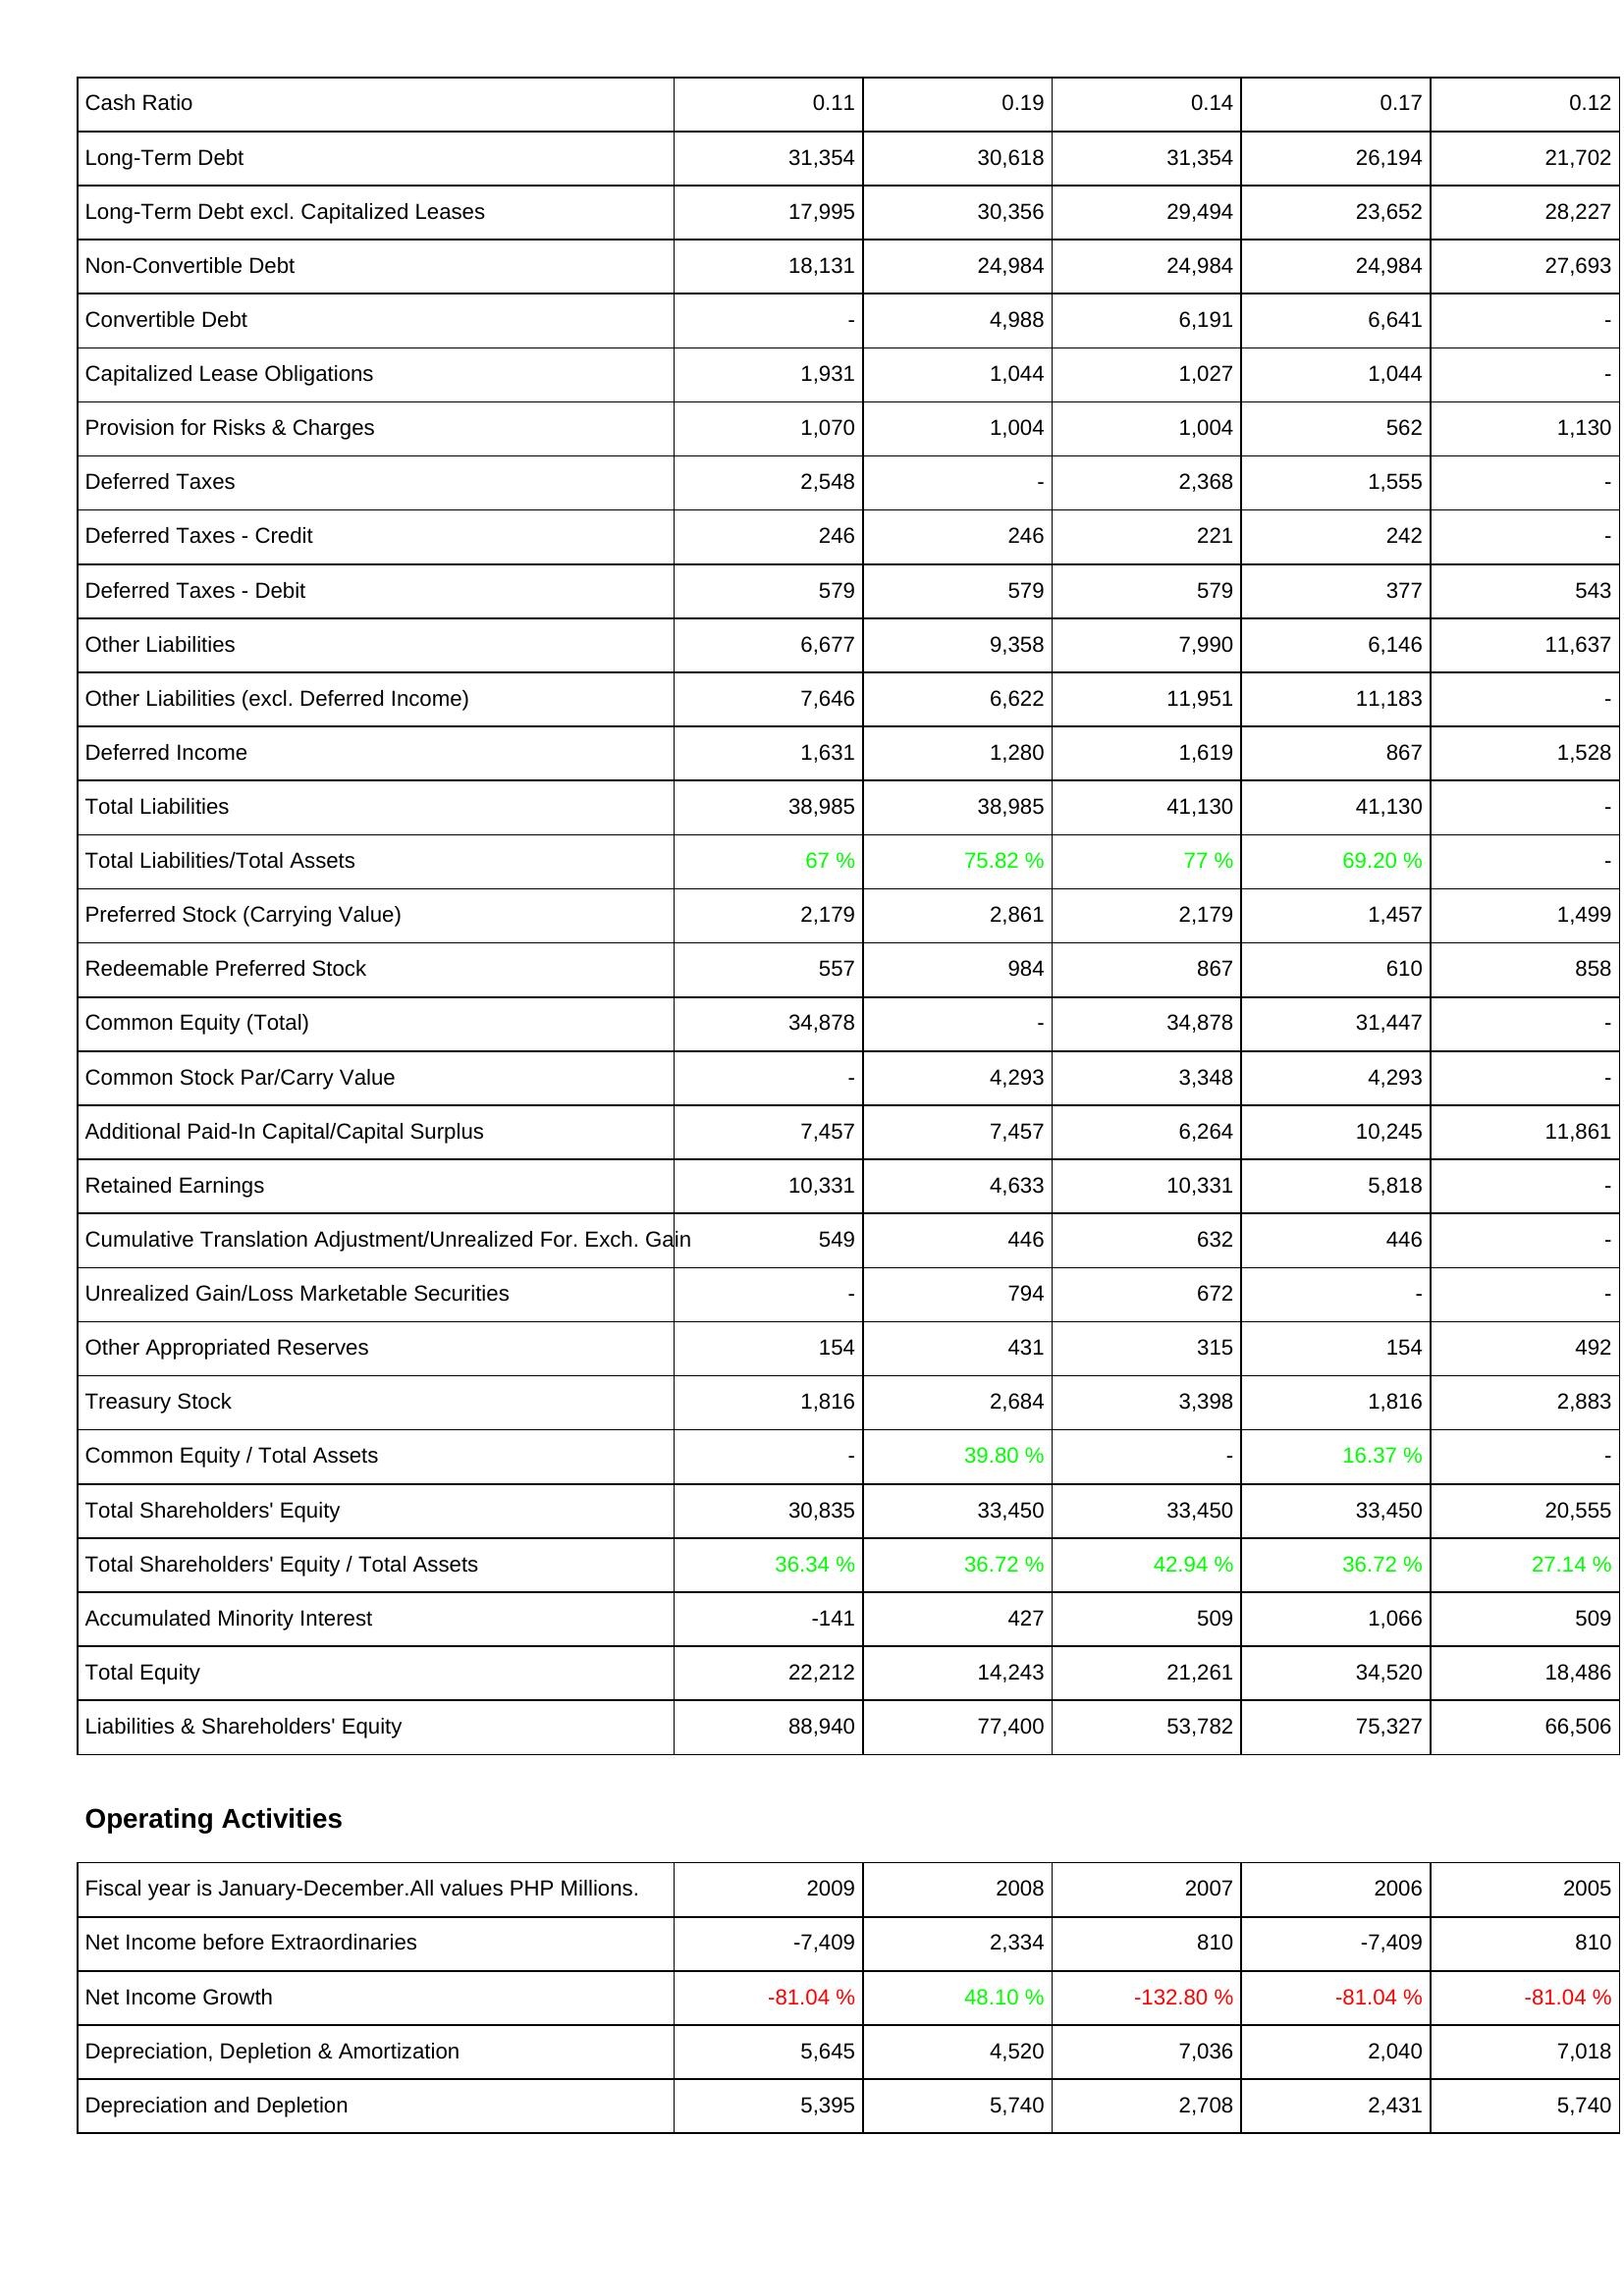
2009: Liabilities & Shareholders' Equity: Cash Ratio: 0.11
Long-Term Debt: 31,354
Long-Term Debt excl. Capitalized Leases: 17,995
Non-Convertible Debt: 18,131
Convertible Debt: -
Capitalized Lease Obligations: 1,931
Provision for Risks & Charges: 1,070
Deferred Taxes: 2,548
Deferred Taxes - Credit: 246
Deferred Taxes - Debit: 579
Other Liabilities: 6,677
Other Liabilities (excl. Deferred Income): 7,646
Deferred Income: 1,631
Total Liabilities: 38,985
Total Liabilities/Total Assets: 67 %
Preferred Stock (Carrying Value): 2,179
Redeemable Preferred Stock: 557
Common Equity (Total): 34,878
Common Stock Par/Carry Value: -
Additional Paid-In Capital/Capital Surplus: 7,457
Retained Earnings: 10,331
Cumulative Translation Adjustment/Unrealized For. Exch. Gain: 549
Unrealized Gain/Loss Marketable Securities: -
Other Appropriated Reserves: 154
Treasury Stock: 1,816
Common Equity / Total Assets: -
Total Shareholders' Equity: 30,835
Total Shareholders' Equity / Total Assets: 36.34 %
Accumulated Minority Interest: -141
Total Equity: 22,212
Liabilities & Shareholders' Equity: 88,940
Operating Activities: Net Income before Extraordinaries: -7,409
Net Income Growth: -81.04 %
Depreciation, Depletion & Amortization: 5,645
Depreciation and Depletion: 5,395
2008: Liabilities & Shareholders' Equity: Cash Ratio: 0.19
Long-Term Debt: 30,618
Long-Term Debt excl. Capitalized Leases: 30,356
Non-Convertible Debt: 24,984
Convertible Debt: 4,988
Capitalized Lease Obligations: 1,044
Provision for Risks & Charges: 1,004
Deferred Taxes: -
Deferred Taxes - Credit: 246
Deferred Taxes - Debit: 579
Other Liabilities: 9,358
Other Liabilities (excl. Deferred Income): 6,622
Deferred Income: 1,280
Total Liabilities: 38,985
Total Liabilities/Total Assets: 75.82 %
Preferred Stock (Carrying Value): 2,861
Redeemable Preferred Stock: 984
Common Equity (Total): -
Common Stock Par/Carry Value: 4,293
Additional Paid-In Capital/Capital Surplus: 7,457
Retained Earnings: 4,633
Cumulative Translation Adjustment/Unrealized For. Exch. Gain: 446
Unrealized Gain/Loss Marketable Securities: 794
Other Appropriated Reserves: 431
Treasury Stock: 2,684
Common Equity / Total Assets: 39.80 %
Total Shareholders' Equity: 33,450
Total Shareholders' Equity / Total Assets: 36.72 %
Accumulated Minority Interest: 427
Total Equity: 14,243
Liabilities & Shareholders' Equity: 77,400
Operating Activities: Net Income before Extraordinaries: 2,334
Net Income Growth: 48.10 %
Depreciation, Depletion & Amortization: 4,520
Depreciation and Depletion: 5,740
2007: Liabilities & Shareholders' Equity: Cash Ratio: 0.14
Long-Term Debt: 31,354
Long-Term Debt excl. Capitalized Leases: 29,494
Non-Convertible Debt: 24,984
Convertible Debt: 6,191
Capitalized Lease Obligations: 1,027
Provision for Risks & Charges: 1,004
Deferred Taxes: 2,368
Deferred Taxes - Credit: 221
Deferred Taxes - Debit: 579
Other Liabilities: 7,990
Other Liabilities (excl. Deferred Income): 11,951
Deferred Income: 1,619
Total Liabilities: 41,130
Total Liabilities/Total Assets: 77 %
Preferred Stock (Carrying Value): 2,179
Redeemable Preferred Stock: 867
Common Equity (Total): 34,878
Common Stock Par/Carry Value: 3,348
Additional Paid-In Capital/Capital Surplus: 6,264
Retained Earnings: 10,331
Cumulative Translation Adjustment/Unrealized For. Exch. Gain: 632
Unrealized Gain/Loss Marketable Securities: 672
Other Appropriated Reserves: 315
Treasury Stock: 3,398
Common Equity / Total Assets: -
Total Shareholders' Equity: 33,450
Total Shareholders' Equity / Total Assets: 42.94 %
Accumulated Minority Interest: 509
Total Equity: 21,261
Liabilities & Shareholders' Equity: 53,782
Operating Activities: Net Income before Extraordinaries: 810
Net Income Growth: -132.80 %
Depreciation, Depletion & Amortization: 7,036
Depreciation and Depletion: 2,708
2006: Liabilities & Shareholders' Equity: Cash Ratio: 0.17
Long-Term Debt: 26,194
Long-Term Debt excl. Capitalized Leases: 23,652
Non-Convertible Debt: 24,984
Convertible Debt: 6,641
Capitalized Lease Obligations: 1,044
Provision for Risks & Charges: 562
Deferred Taxes: 1,555
Deferred Taxes - Credit: 242
Deferred Taxes - Debit: 377
Other Liabilities: 6,146
Other Liabilities (excl. Deferred Income): 11,183
Deferred Income: 867
Total Liabilities: 41,130
Total Liabilities/Total Assets: 69.20 %
Preferred Stock (Carrying Value): 1,457
Redeemable Preferred Stock: 610
Common Equity (Total): 31,447
Common Stock Par/Carry Value: 4,293
Additional Paid-In Capital/Capital Surplus: 10,245
Retained Earnings: 5,818
Cumulative Translation Adjustment/Unrealized For. Exch. Gain: 446
Unrealized Gain/Loss Marketable Securities: -
Other Appropriated Reserves: 154
Treasury Stock: 1,816
Common Equity / Total Assets: 16.37 %
Total Shareholders' Equity: 33,450
Total Shareholders' Equity / Total Assets: 36.72 %
Accumulated Minority Interest: 1,066
Total Equity: 34,520
Liabilities & Shareholders' Equity: 75,327
Operating Activities: Net Income before Extraordinaries: -7,409
Net Income Growth: -81.04 %
Depreciation, Depletion & Amortization: 2,040
Depreciation and Depletion: 2,431
2005: Liabilities & Shareholders' Equity: Cash Ratio: 0.12
Long-Term Debt: 21,702
Long-Term Debt excl. Capitalized Leases: 28,227
Non-Convertible Debt: 27,693
Convertible Debt: -
Capitalized Lease Obligations: -
Provision for Risks & Charges: 1,130
Deferred Taxes: -
Deferred Taxes - Credit: -
Deferred Taxes - Debit: 543
Other Liabilities: 11,637
Other Liabilities (excl. Deferred Income): -
Deferred Income: 1,528
Total Liabilities: -
Total Liabilities/Total Assets: -
Preferred Stock (Carrying Value): 1,499
Redeemable Preferred Stock: 858
Common Equity (Total): -
Common Stock Par/Carry Value: -
Additional Paid-In Capital/Capital Surplus: 11,861
Retained Earnings: -
Cumulative Translation Adjustment/Unrealized For. Exch. Gain: -
Unrealized Gain/Loss Marketable Securities: -
Other Appropriated Reserves: 492
Treasury Stock: 2,883
Common Equity / Total Assets: -
Total Shareholders' Equity: 20,555
Total Shareholders' Equity / Total Assets: 27.14 %
Accumulated Minority Interest: 509
Total Equity: 18,486
Liabilities & Shareholders' Equity: 66,506
Operating Activities: Net Income before Extraordinaries: 810
Net Income Growth: -81.04 %
Depreciation, Depletion & Amortization: 7,018
Depreciation and Depletion: 5,740